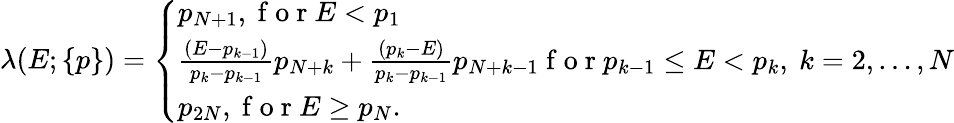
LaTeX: \begin{array}{r}{\lambda(E;\{ p\} )=\left\{ \begin{array}{ll}{p_{N+1},\mathrm{~f~o~r~}E<p_{1}}\\ {\frac{(E-p_{k-1})}{p_{k}-p_{k-1}}p_{N+k}+\frac{(p_{k}-E)}{p_{k}-p_{k-1}}p_{N+k-1}\mathrm{~f~o~r~}p_{k-1}\le E<p_{k},\ k=2,\ldots,N}\\ {p_{2N},\mathrm{~f~o~r~}E\ge p_{N}.}\end{array}\right.}\end{array}